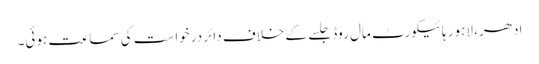
ادھر، لاہور ہائیکورٹ مال روڈ جلسے کے خلاف دائر درخواست کی سماعت ہوئی۔